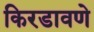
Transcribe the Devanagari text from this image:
किरडावणे